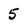
Character: 5